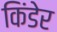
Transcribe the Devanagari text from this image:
किंडेर